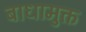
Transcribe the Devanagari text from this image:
बाधामुक्त